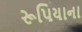
રૂપિયાના